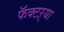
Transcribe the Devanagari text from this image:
फॅक्टऱ्या